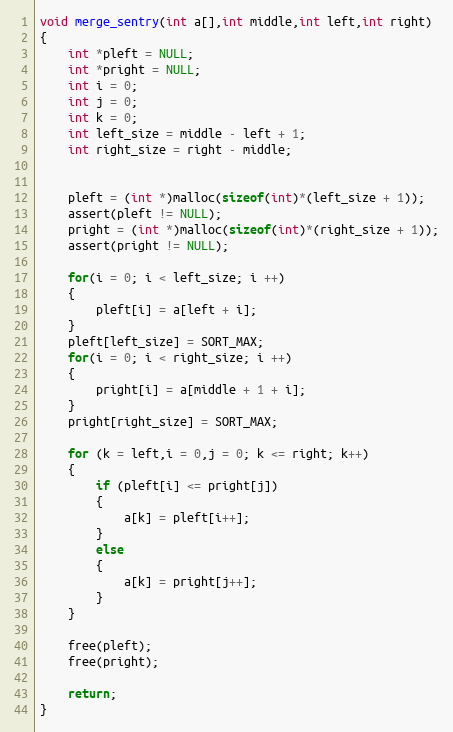
Language: C
void merge_sentry(int a[],int middle,int left,int right)
{
	int *pleft = NULL;
	int *pright = NULL;
	int i = 0;
	int j = 0;
	int k = 0;
	int left_size = middle - left + 1;
	int right_size = right - middle;

	pleft = (int *)malloc(sizeof(int)*(left_size + 1));
	assert(pleft != NULL);
	pright = (int *)malloc(sizeof(int)*(right_size + 1));
	assert(pright != NULL);

	for(i = 0; i < left_size; i ++)
	{
		pleft[i] = a[left + i];
	}
	pleft[left_size] = SORT_MAX;
	for(i = 0; i < right_size; i ++)
	{
		pright[i] = a[middle + 1 + i];
	}
	pright[right_size] = SORT_MAX;

    for (k = left,i = 0,j = 0; k <= right; k++)
	{
		if (pleft[i] <= pright[j])
		{
			a[k] = pleft[i++];
		}
		else
		{
			a[k] = pright[j++];
		}
	}

	free(pleft);
	free(pright);

    return;
}